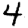
Digit: 4